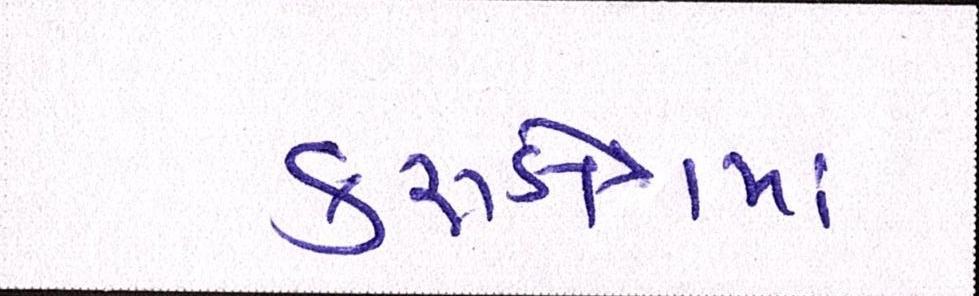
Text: કરુક્ષેત્રમાં